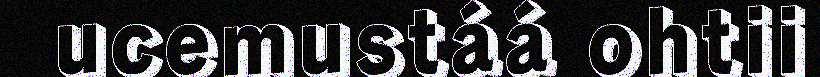
ucemustáá ohtii